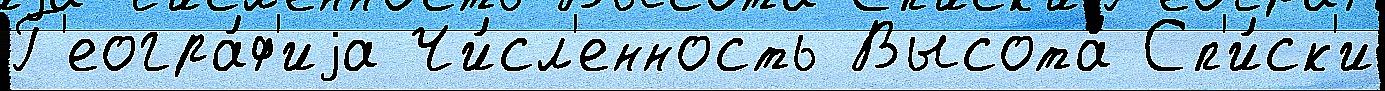
Г'еогра́ф'иjа Чи́сл'енность Высота́ Сп'и́ск'и